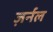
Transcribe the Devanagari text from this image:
ज़र्नल